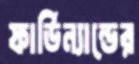
ফার্ডিন্যান্ডের